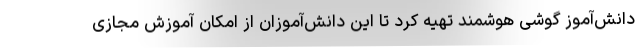
دانش‌آموز گوشی هوشمند تهیه کرد تا این دانش‌آموزان از امکان آموزش مجازی